Trukikaitis_Postimees, lk 79
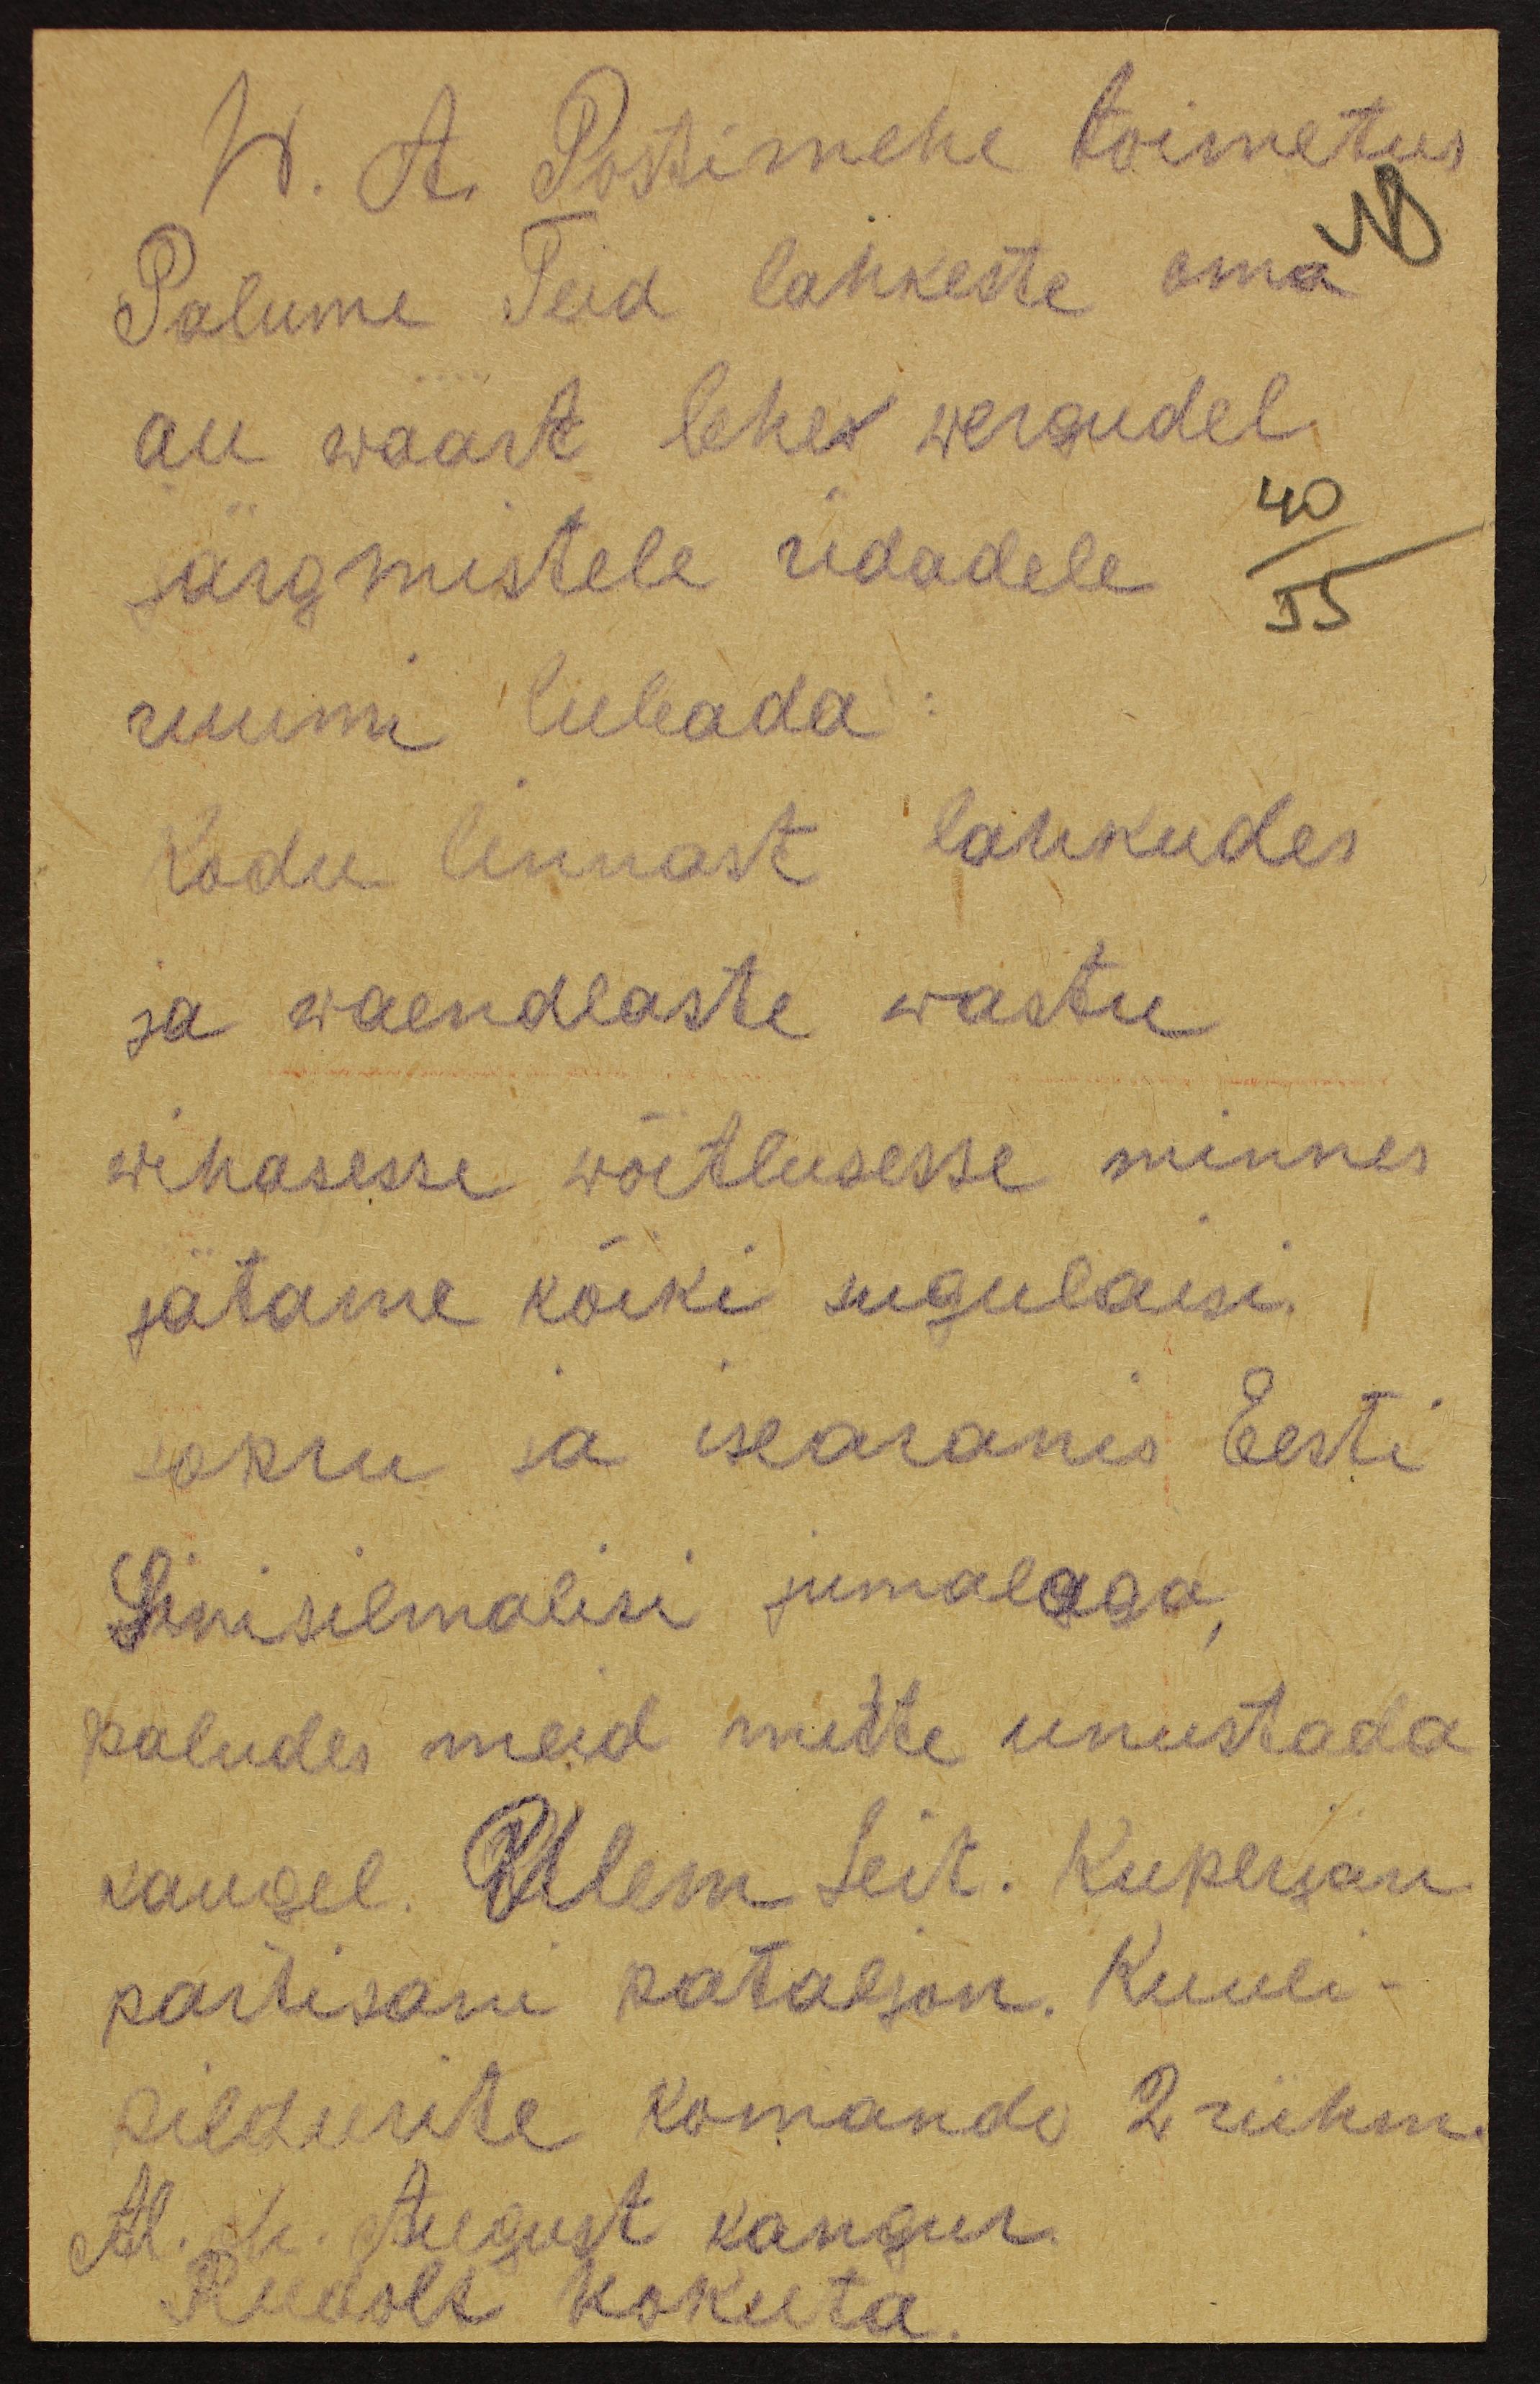
W. A. Postimehe toimetus
Palume Teid lahkeste oma
au waart lehes wergudel
järgmistele ridadele
ruumi lubada
Kodu linnast lahkudes
ja waendlaste wastu
wihasesse wõitlusesse minnes
jätame kõiki sugulaisi.
sopru ja iseäranes Eesti
sinisilmalisi jumalaga,
paludes meid mitte unustada
kaugel. Ülem leit. Kuperjan
partisani pataljon. Kuuli-
pildurite komando 2 rühm.
Al. oh. August Kangur
Rudolf Kokuta